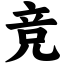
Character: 竞